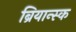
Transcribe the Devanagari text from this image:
ब्रियान्स्क